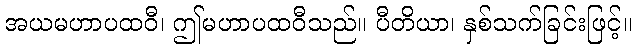
အယမဟာပထဝီ၊ ဤမဟာပထဝီသည်။ ပီတိယာ၊ နှစ်သက်ခြင်းဖြင့်။